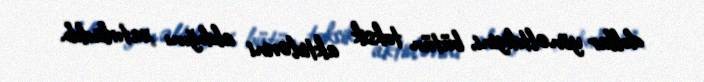
dollar yönəltdiyini, bütün toksik aktivlərini aldığını xatırladıb.